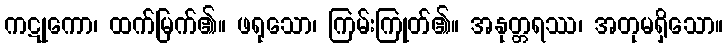
ကဋုကော၊ ထက်မြက်၏။ ဖရုသော၊ ကြမ်းကြုတ်၏။ အနုတ္တရဿ၊ အတုမရှိသော။